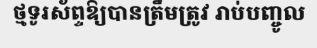
ថ្មទូរស័ព្ទឱ្យបានត្រឹមត្រូវ រាប់បញ្ចូល